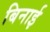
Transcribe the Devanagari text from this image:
बिनाई